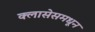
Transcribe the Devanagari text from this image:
क्लासेसमधून